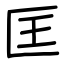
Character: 匡